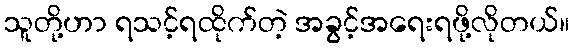
သူတို့ဟာ ရသင့်ရထိုက်တဲ့ အခွင့်အရေးရဖို့လိုတယ်။